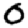
Digit: 0